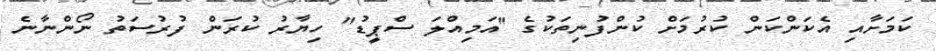
ކަމަށާއި އެކަންކަން ކުރުމަށް ކުންފުނިތަކުގެ "އަމިއްލަ ސްޕީޑު" ހިޔާރު ކުރަން ފުރުސަތު ނޯންނާނެ